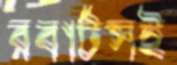
রবার্টসই